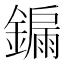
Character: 𮣀